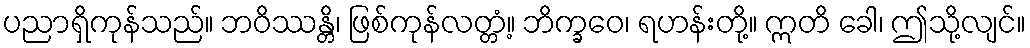
ပညာရှိကုန်သည်။ ဘဝိဿန္တိ၊ ဖြစ်ကုန်လတ္တံ့။ ဘိက္ခဝေ၊ ရဟန်းတို့။ ဣတိ ခေါ၊ ဤသို့လျင်။